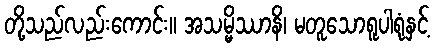
တို့သည်လည်းကောင်း။ အသမ္မိဿာနိ၊ မတူသောရူပါရုံနှင့်